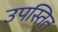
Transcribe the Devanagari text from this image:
उपस्तित